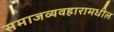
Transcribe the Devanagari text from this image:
समाजव्यवहारामधील